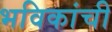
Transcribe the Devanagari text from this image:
भविकांची